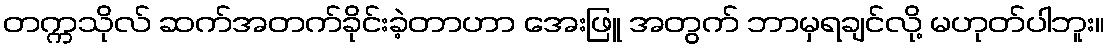
တက္ကသိုလ် ဆက်အတက်ခိုင်းခဲ့တာဟာ အေးဖြူ အတွက် ဘာမှရချင်လို့ မဟုတ်ပါဘူး။